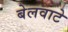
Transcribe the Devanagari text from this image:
बेलवाटे